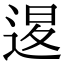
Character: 𨓤